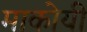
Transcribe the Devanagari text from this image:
माकोयी